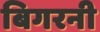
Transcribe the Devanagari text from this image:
बिगरनी